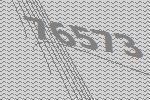
76573